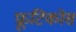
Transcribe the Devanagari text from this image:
फ्रूटिकोस